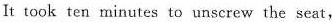
It took ten minutes to unscrew the seat,